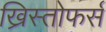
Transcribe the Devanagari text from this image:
ख्रिस्तोफर्स